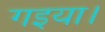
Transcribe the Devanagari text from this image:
गइया।